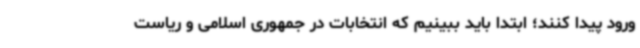
ورود پیدا کنند؛ ابتدا باید ببینیم که انتخابات در جمهوری اسلامی و ریاست